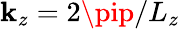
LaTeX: \mathbf{k}_{z}=2\pip/L_{z}